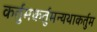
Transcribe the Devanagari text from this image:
कर्तुमकर्तुमन्यथाकर्तुम